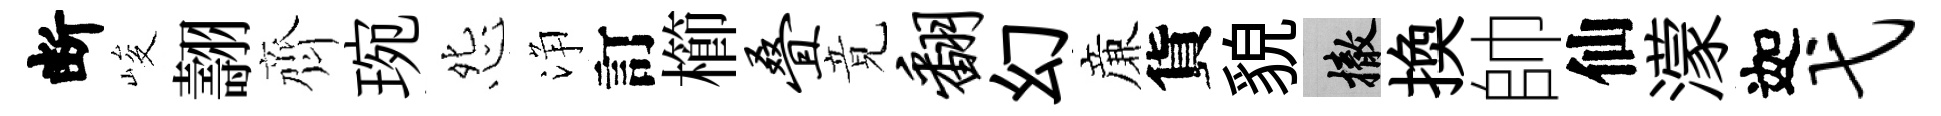
断峻翿齊琬怨浄訂櫛叠竟翻幻亷貨貌撤換帥仙濛迦弋